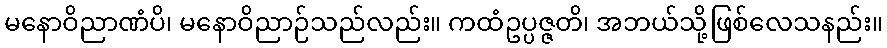
မနောဝိညာဏံပိ၊ မနောဝိညာဉ်သည်လည်း။ ကထံဥပ္ပဇ္ဇတိ၊ အဘယ်သို့ဖြစ်လေသနည်း။